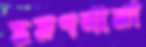
ভ্রমণনামা